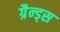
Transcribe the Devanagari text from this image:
ग्रैन्ड्स